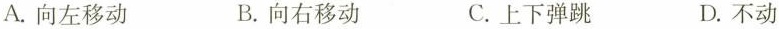
A.向左移动 B.向右移动 C.上下弹跳 D.不动